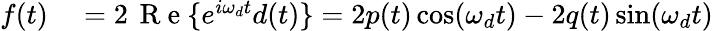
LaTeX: \begin{array}{rl}{f(t)}&{{}=2\, \mathrm{~R~e~}\{ e^{i\omega_{d}t}d(t)\} =2p(t)\cos(\omega_{d}t)-2q(t)\sin(\omega_{d}t)}\end{array}